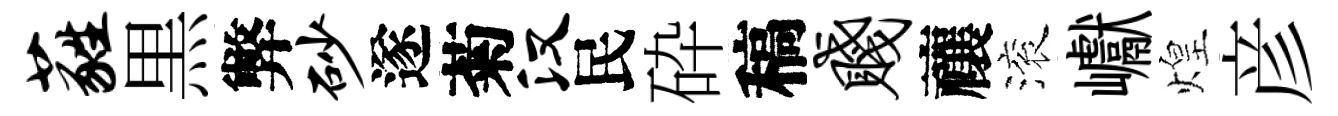
蕤黒弊砂遂菊汉民砕稿贱禳滚巘煌彦